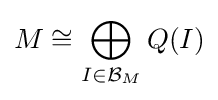
M\cong \bigoplus _{I\in {\mathcal {B}}_{M}}Q(I)